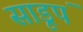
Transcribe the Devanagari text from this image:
साडूपं